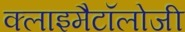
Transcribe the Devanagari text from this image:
क्लाइमैटॉलोजी